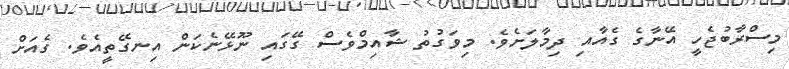
މިސްރާބުޖެހީ އޭނާގެ ގެއާއި ދިމާލަށެވެ. މިވަގުތު ޝާއިމްވެސް ގޭގައި ނޫޅޭނެކަން އިނގޭތީއެވެ. ގެއަށް